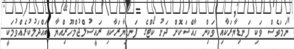
"ނަމަވެސް ވަކި ފަނޑިޔާރަކާއި ވަކިން ހާއްސަކޮށް ދަށު ކޯޓްގެ ފަނޑިޔާރަކާއި ރައީސުލްޖުމްހޫރިއްޔާ ބައްދަލުކުރެއްވުމަކީ